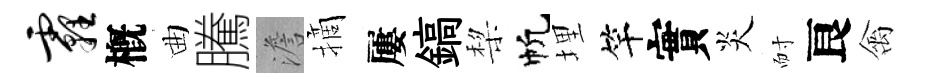
霾槪曲騰澹摘屢鎬棃帆埋竿實炎耐良禽